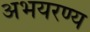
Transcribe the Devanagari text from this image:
अभयरण्य